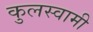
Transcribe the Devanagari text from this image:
कुुलस्वामी